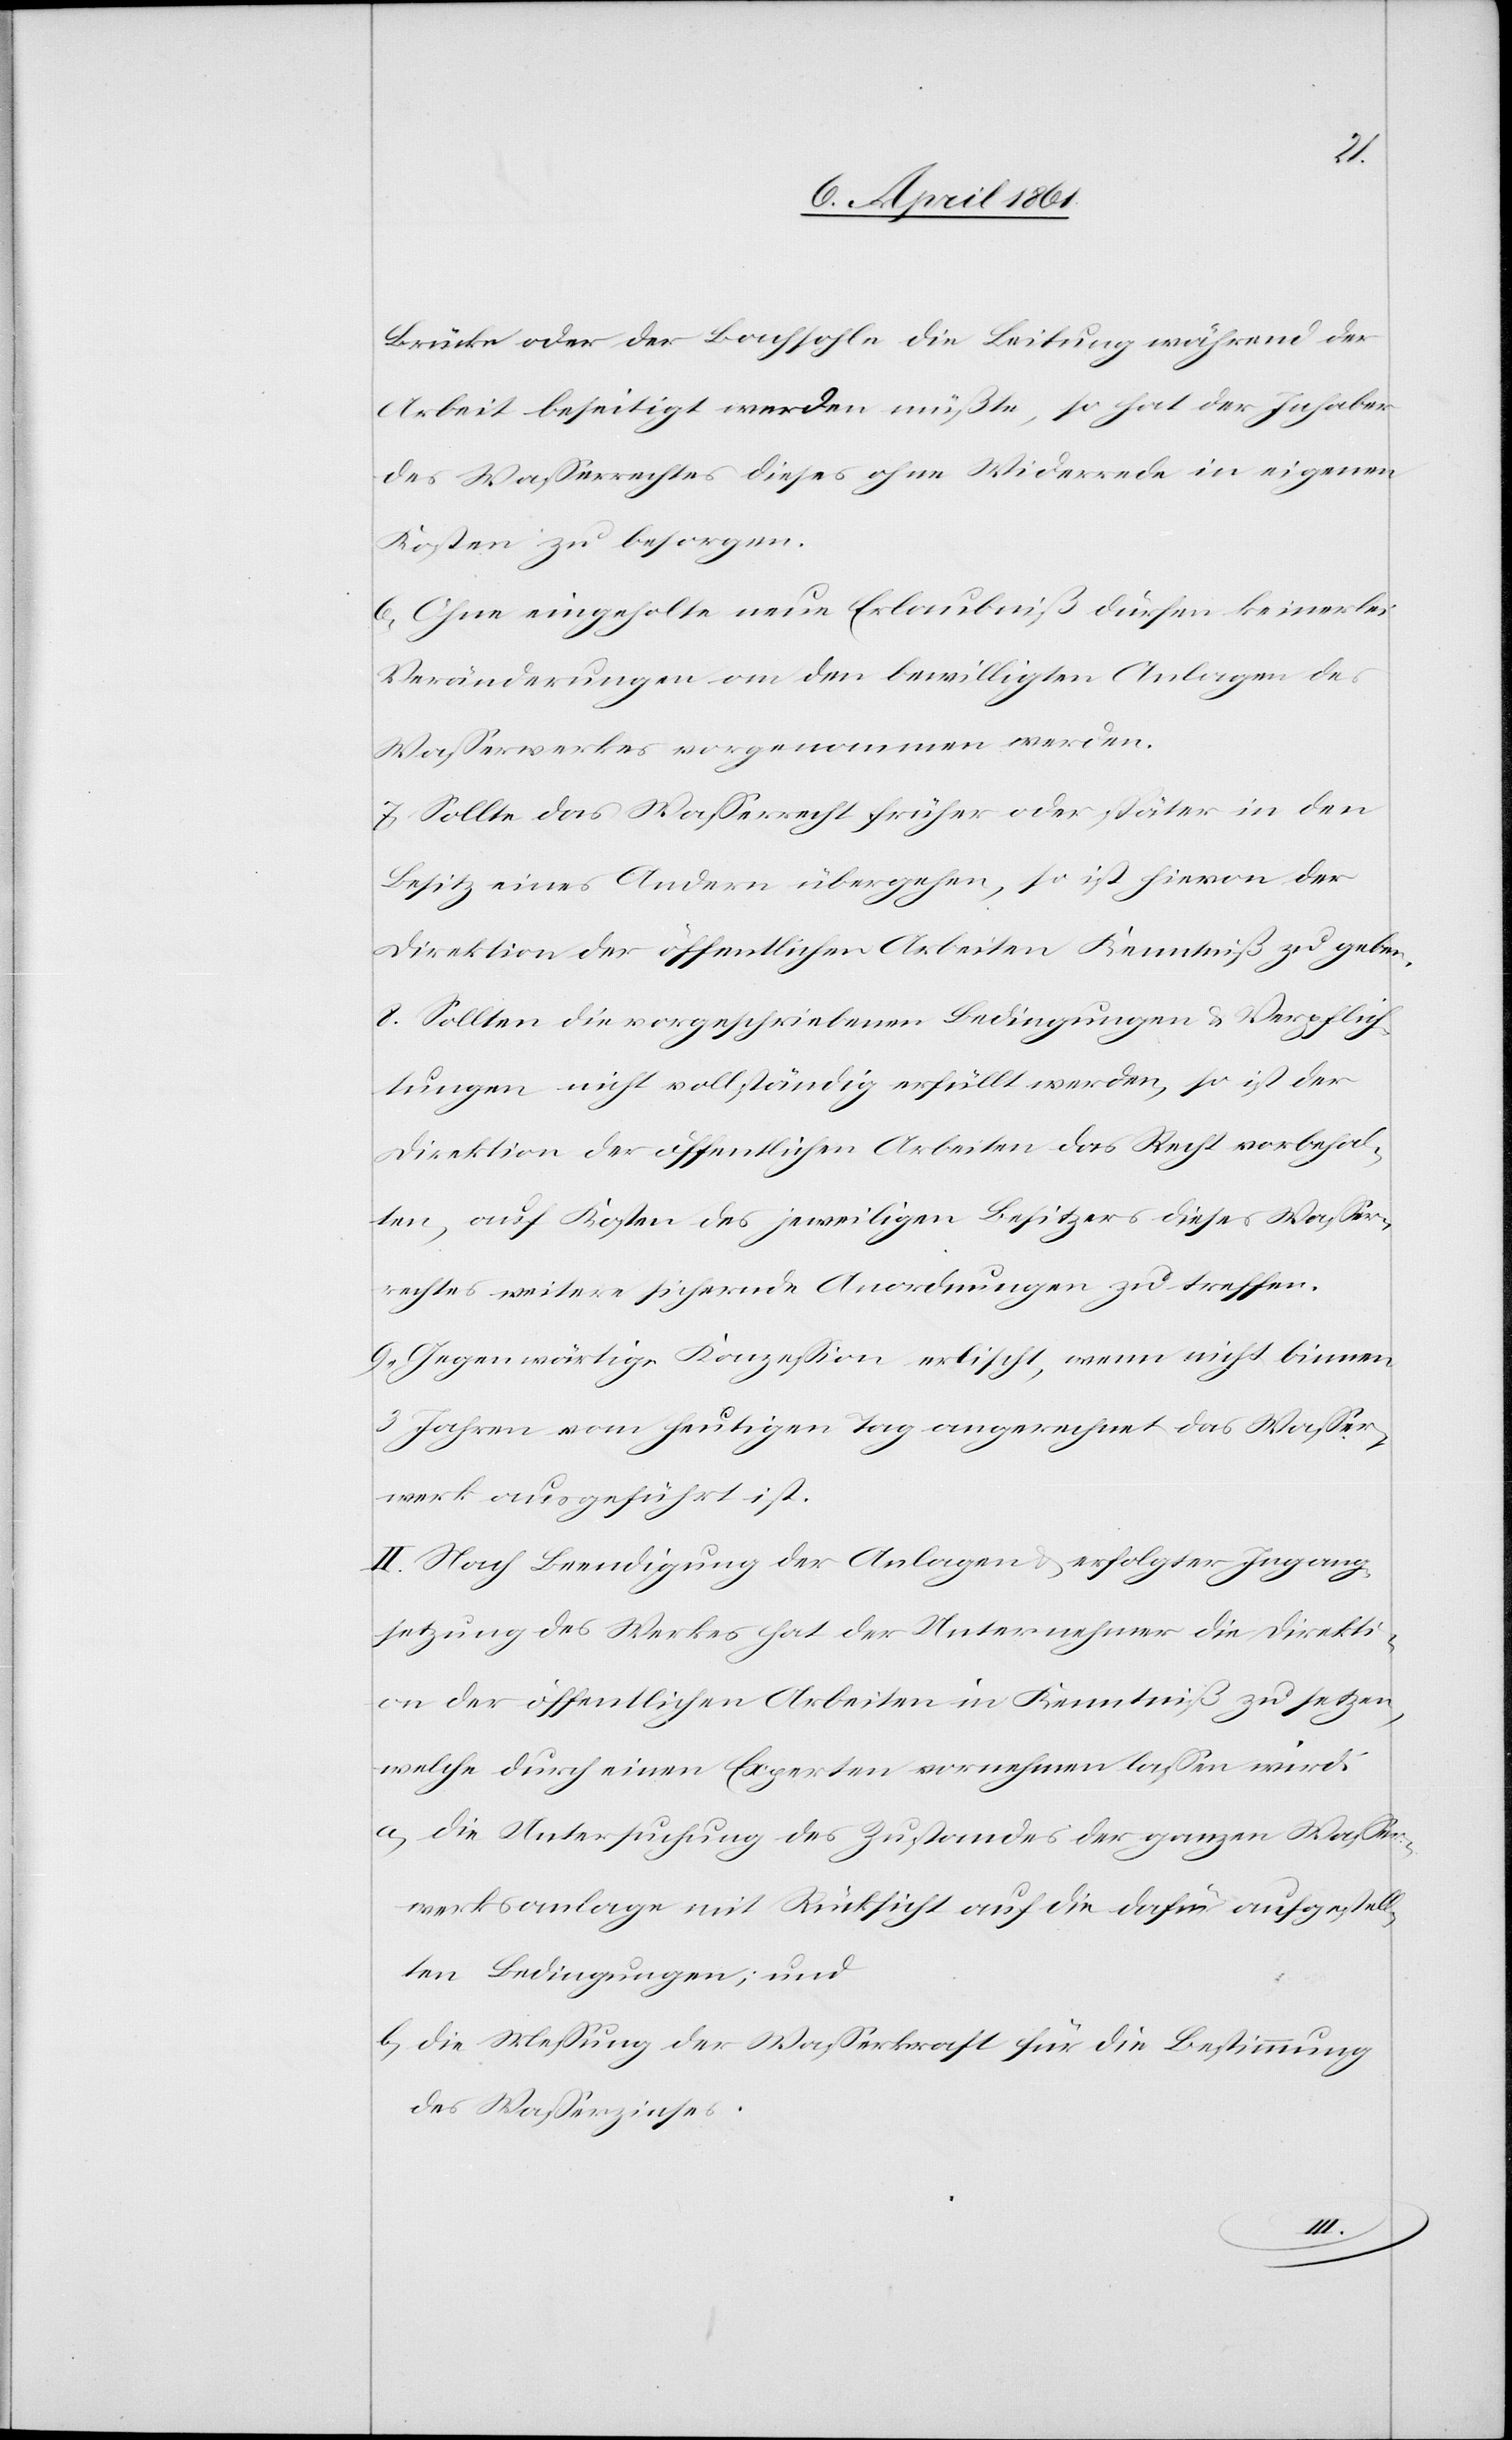
Brücke oder der Bachsohle die Leitung während der
Arbeit beseitigt werden müßte, so hat der Inhaber
des Wasserrechtes dieses ohne Widerrede in eigenen
Kosten zu besorgen.
6. Ohne eingeholte neue Erlaubniß dürfen keinerlei
Veränderungen an den bewilligten Anlagen des
Wasserwerkes vorgenommen werden.
7. Sollte das Wasserrecht früher oder später in den
Besitz eines Andern übergehen, so ist hievon der
Direktion der öffentlichen Arbeiten Kenntniß zu geben.
8. Sollten die vorgeschriebenen Bedingungen u. Verpflich¬
tungen nicht vollständig erfüllt werden, so ist der
Direktion der öffentlichen Arbeiten das Recht vorbehal¬
ten, auf Kosten des jeweiligen Besitzers dieses Wasser¬
rechtes weitere sichernde Anordnungen zu treffen.
9. Gegenwärtige Konzession erlischt, wenn nicht binnen
3 Jahren vom heutigen Tag angerechnet das Wasser¬
werk ausgeführt ist.
II. Nach Beendigung der Anlagen u. erfolgter Ingang¬
setzung des Werkes hat der Unternehmer die Direkti¬
on der öffentlichen Arbeiten in Kenntniß zu setzen,
welche durch einen Experten vornehmen lassen wird:
a. Die Untersuchung des Zustandes der ganzen Wasser¬
werksanlage mit Rücksicht auf die dafür aufgestell¬
ten Bedingungen; und
b. Die Messung der Wasserkraft für die Bestimmung
des Wasserzinses.